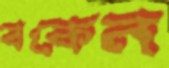
বকেন